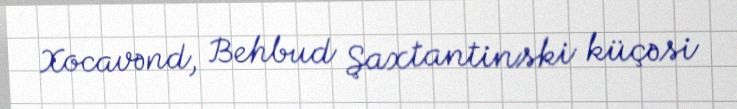
Xocavənd, Behbud Şaxtantinski küçəsi